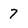
Character: 7